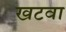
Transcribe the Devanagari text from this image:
खटवा